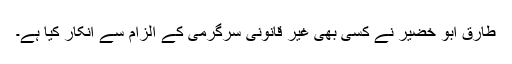
طارق ابو خضیر نے کسی بھی غیر قانونی سرگرمی کے الزام سے انکار کیا ہے۔